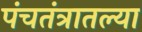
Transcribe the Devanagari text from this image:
पंचतंत्रातल्या